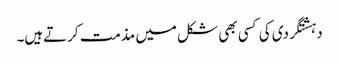
دہشتگردی کی کسی بھی شکل میں مذمت کرتےہیں۔